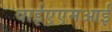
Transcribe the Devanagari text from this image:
वाईएएमआई